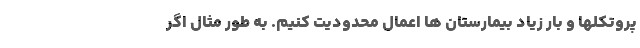
پروتکلها و بار زیاد بیمارستان ها اعمال محدودیت کنیم. به طور مثال اگر